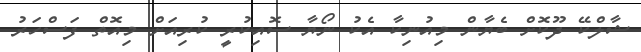
ޝާލްކޭ ދޫކޮށް ބެޔާން މިއުނިކާ އެކު ނޯޔާ ސޮއިކުރީ ކުރިއަށް މިއޮތް ފަސްހަރު